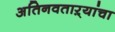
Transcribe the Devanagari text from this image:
अतिनवताऱ्यांचा